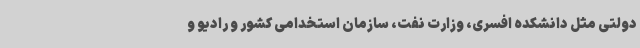
دولتی مثل دانشکده افسری، وزارت نفت، سازمان استخدامی کشور و رادیو و